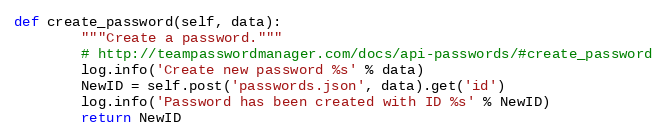
Language: Python
def create_password(self, data):
        """Create a password."""
        # http://teampasswordmanager.com/docs/api-passwords/#create_password
        log.info('Create new password %s' % data)
        NewID = self.post('passwords.json', data).get('id')
        log.info('Password has been created with ID %s' % NewID)
        return NewID